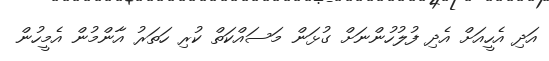
އަދި އެހީއަށް އެދި ފުލުހުންނަށް ގުޅަން މަސައްކަތް ކުރި ހަތަރު އާންމުން އެމީހުން